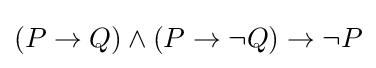
(P\rightarrow Q)\land (P\rightarrow \neg Q)\rightarrow \neg P